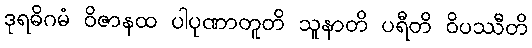
ဒုရဓိဂမံ ဝိဇာနထ ပါပုဏာတူတိ သူနာတိ ပရီတိ ဝိပဿီတိ